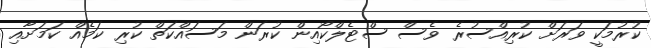
ކުރުމަކީ ވަރަށް ކުރިއްސުރެ ވެސް ސްޓެލްކޯއިން ކުރަން މަސައްކަތް ކުރި ކަމެއް ކަމަށާއި